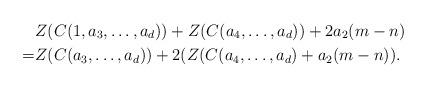
LaTeX: \begin{align*}&Z(C(1,a_3,\ldots,a_d))+ Z(C(a_4,\ldots,a_d))+2a_2(m-n)\\=&Z(C(a_3,\ldots,a_d))+2(Z(C(a_4,\ldots,a_d)+a_2(m-n)).\end{align*}